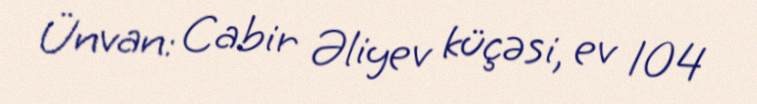
Ünvan: Cabir Əliyev küçəsi, ev 104